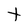
Character: t